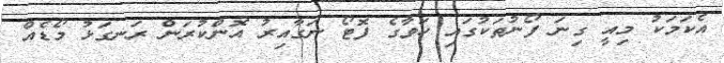
އެކަމަކު މިއީ ގިނަ ފޯނުތަކުގައި ހަވާގެ ފޮޓޯ ނަގާއިރު އޮންކުރަން ރަނގަޅު މޯޑެއް